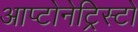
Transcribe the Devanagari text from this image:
आप्टोनेट्रिस्टों